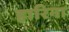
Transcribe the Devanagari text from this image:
हारिना